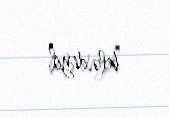
belə deyil.